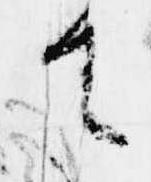
て